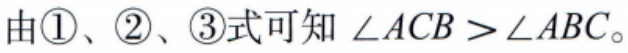
由\textcircled{1}、\textcircled{2}、\textcircled{3}式可知 \(\angle ACB > \angle ABC\)。